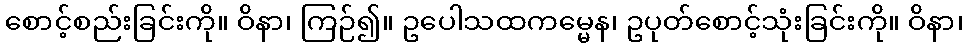
စောင့်စည်းခြင်းကို။ ဝိနာ၊ ကြဉ်၍။ ဥပေါသထကမ္မေန၊ ဥပုတ်စောင့်သုံးခြင်းကို။ ဝိနာ၊